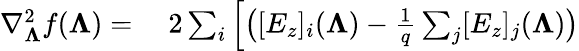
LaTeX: \begin{array}{rl}{\nabla_{\boldsymbol{\Lambda}}^{2}f(\boldsymbol{\Lambda})=}&{{}\; 2\sum_{i}\left[\big([E_{z}]_{i}(\boldsymbol{\Lambda})-\frac{1}{q}\sum_{j}[E_{z}]_{j}(\boldsymbol{\Lambda})\big)\right.}\end{array}